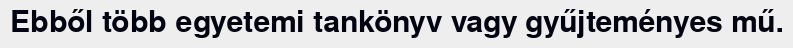
Ebből több egyetemi tankönyv vagy gyűjteményes mű.